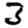
Digit: 3